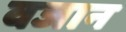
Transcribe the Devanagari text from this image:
वजान